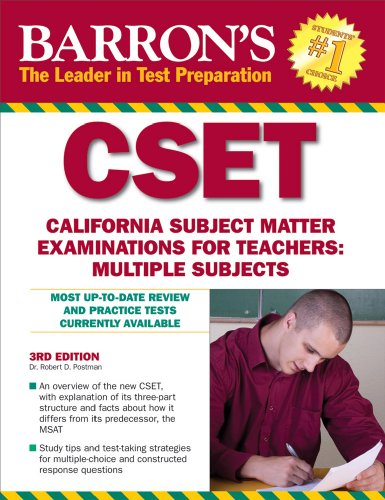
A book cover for Barron's CSET: California Subject Matter Exams for Teachers: Multiple Subjects; Robert D. Postman  Ed.D.; Test Preparation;